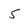
Character: 5